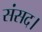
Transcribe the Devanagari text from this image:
संसद।